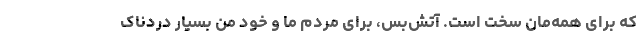
که برای همه‌مان سخت است. آتش‌بس، برای مردم ما و خود من بسیار دردناک